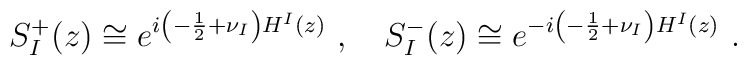
S^{+}_{I}(z) \cong e^{i\left(-\frac{1}{2}+\nu_{I}\right)H^{I}(z)}~,\quad S^{-}_{I}(z) \cong e^{-i\left(-\frac{1}{2}+\nu_{I}\right)H^{I}(z)}~.